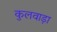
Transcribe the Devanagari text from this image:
कुलवाड़ा